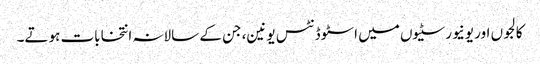
کالجوں اور یونیورسٹیوں میں اسٹوڈنٹس یونین، جن کے سالانہ انتخابات ہوتے۔